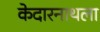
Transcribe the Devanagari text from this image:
केदारनाथला